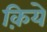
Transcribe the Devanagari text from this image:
क़िये